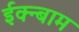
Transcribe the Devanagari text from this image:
ईक्न्बाम